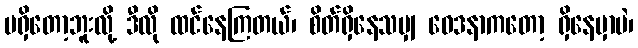
မရှိတော့ဘူးလို့ ဒီလို ထင်နေကြတယ်၊ စိတ်ရှိနေသမျှ ဝေဒနာကတော့ ရှိနေမှာပဲ၊